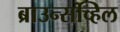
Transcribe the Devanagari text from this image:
ब्राउन्सव्हिल